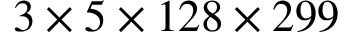
3 \times 5 \times 1 2 8 \times 2 9 9